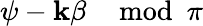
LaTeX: \psi-\mathbf{k}\beta\mod\pi